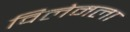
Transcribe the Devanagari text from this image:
विलेमला